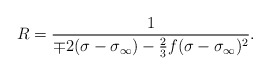
\begin{align*}R = \frac{1}{\mp2(\sigma - \sigma_{\infty}) - \frac{2}{3}f(\sigma - \sigma_{\infty})^2}.\end{align*}